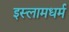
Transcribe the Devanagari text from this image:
इस्लामधर्म